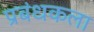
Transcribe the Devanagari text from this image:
प्रबंधकला